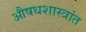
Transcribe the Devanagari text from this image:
औषधशास्त्रांत